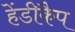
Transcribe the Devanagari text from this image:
हेंडीकैप